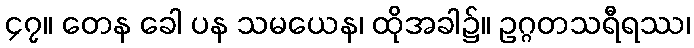
၄၇။ တေန ခေါ ပန သမယေန၊ ထိုအခါ၌။ ဥဂ္ဂတသရီရဿ၊